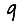
Digit: 9